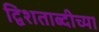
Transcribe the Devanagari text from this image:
द्विशताब्दीच्या